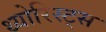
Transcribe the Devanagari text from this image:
थ्योरिस्ट्स